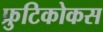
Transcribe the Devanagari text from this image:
फ्रुटिकोकस